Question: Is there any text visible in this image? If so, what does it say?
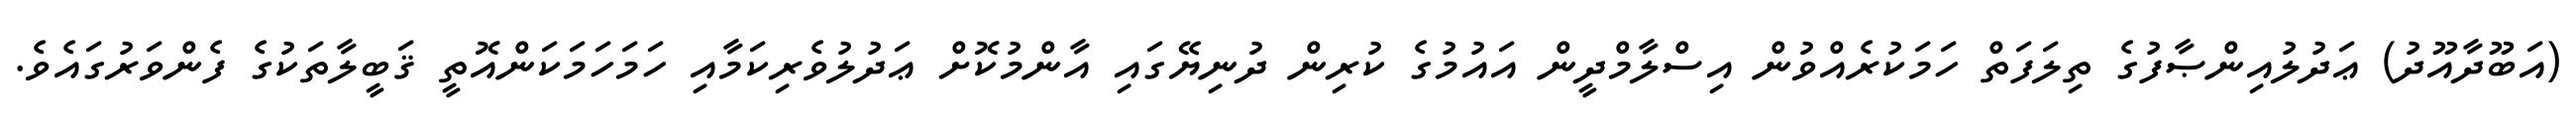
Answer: (އަބޫދާއޫދު) ޢަދުލުއިންޞާފުގެ ތިލަފަތް ހަމަކުރެއްވުން އިސްލާމްދީން އައުމުގެ ކުރިން ދުނިޔޭގައި އާންމުކޮށް ޢަދުލުވެރިކަމާއި ހަމަހަމަކަންއޮތީ ޤަބީލާތަކުގެ ފެންވަރުގައެވެ.